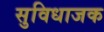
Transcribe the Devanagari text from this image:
सुविधाजक